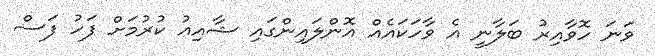
ވަނަ ހޮވާއިރު ބަލާނީ އެ ވާހަކައެއް އޮންލައިންގައި ޝާއިއު ކުރުމަށް ފަހު ފަސް